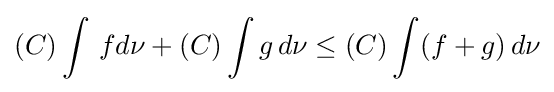
(C)\int \,fd\nu +(C)\int g\,d\nu \leq (C)\int (f+g)\,d\nu